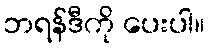
ဘရန်ဒီကို ပေးပါ။